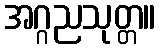
အဂ္ဂညသုတ္တ။